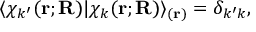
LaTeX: \langle \chi _ { k ^ { \prime } } ( \mathbf { r } ; \mathbf { R } ) | \chi _ { k } ( \mathbf { r } ; \mathbf { R } ) \rangle _ { ( \mathbf { r } ) } = \delta _ { k ^ { \prime } k } ,